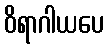
ဝိရာဂါယပေ